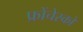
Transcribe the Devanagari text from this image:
फ्रोंचेस्को